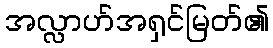
အလ္လာဟ်အရှင်မြတ်၏